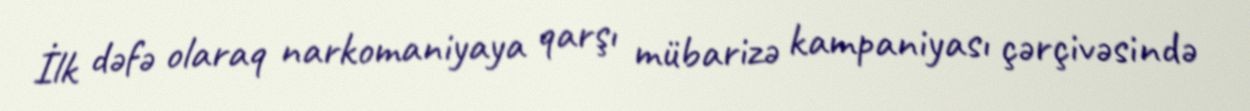
İlk dəfə olaraq narkomaniyaya qarşı mübarizə kampaniyası çərçivəsində